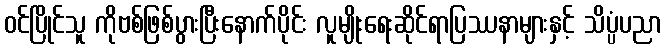
ဝင်ပြိုင်သူ ကိုဗစ်ဖြစ်ပွားပြီးနောက်ပိုင်း လူမျိုးရေးဆိုင်ရာပြဿနာများနှင့် သိပ္ပံပညာ